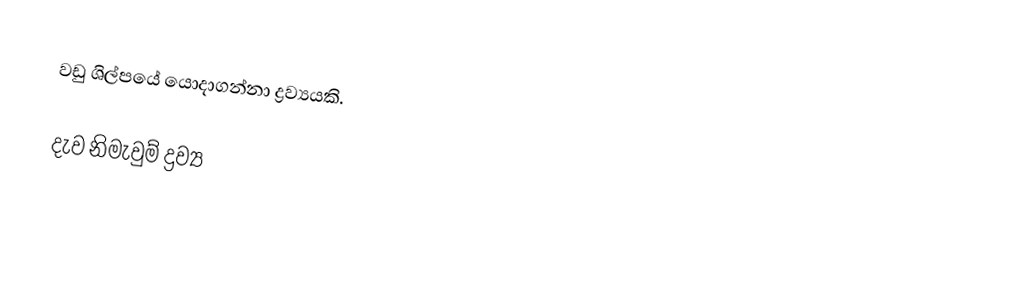
වඩු ශිල්පයේ යොදාගන්නා ද්‍රව්‍යයකි.

දැව නිමැවුම් ද්‍රව්‍ය